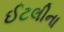
ઈટલીના